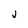
Character: j